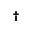
\dagger